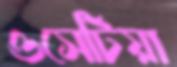
ওসেটিয়া